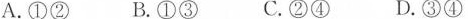
A.①② B.①③ C.②④ D.③④